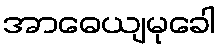
အာဓေယျမုခေါ